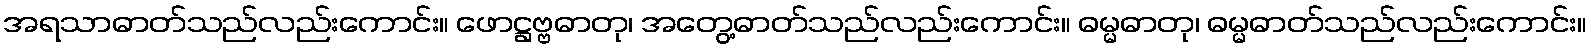
အရသာဓာတ်သည်လည်းကောင်း။ ဖောဋ္ဌဗ္ဗဓာတု၊ အတွေ့ဓာတ်သည်လည်းကောင်း။ ဓမ္မဓာတု၊ ဓမ္မဓာတ်သည်လည်းကောင်း။